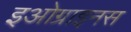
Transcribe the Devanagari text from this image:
इओग्राइनस